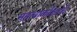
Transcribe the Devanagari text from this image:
महत्वाकाँक्षायें।